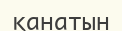
қанатын